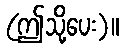
(ဤသို့ပေး)။